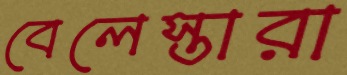
বেলেস্তারা